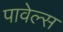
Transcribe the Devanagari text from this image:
पावेल्स